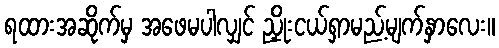
ရထားအဆိုက်မှ အဖေမပါလျှင် ညှိုးငယ်ရှာမည့်မျက်နှာလေး။